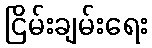
ငြိမ်းချမ်းရေး